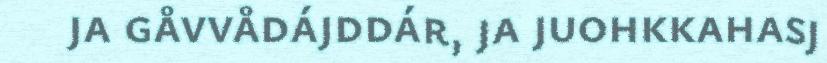
ja gåvvådájddár, ja juohkkahasj